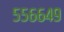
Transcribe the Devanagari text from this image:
५५६६४९